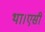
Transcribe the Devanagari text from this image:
था।एसी